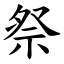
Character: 祭